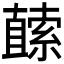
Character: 𭅬